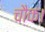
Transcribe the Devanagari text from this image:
चौक।